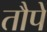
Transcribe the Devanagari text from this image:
तौपें